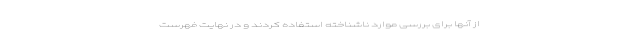
از آنها برای بررسی موارد ناشناخته استفاده کردند و در نهایت فهرست